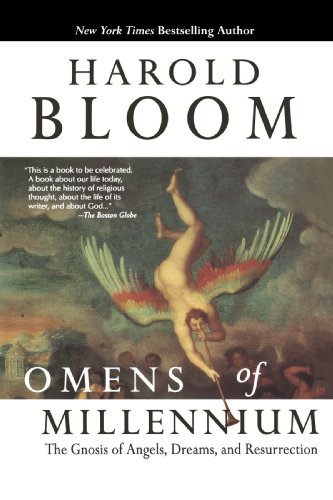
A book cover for Omens of the Millennium: The Gnosis of Angels, Dreams, and Resurrection; Harold Bloom; Christian Books & Bibles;